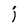
Character: i